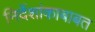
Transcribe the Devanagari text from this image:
निर्देशांकाबाबत